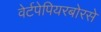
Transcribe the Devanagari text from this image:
वेर्टपेपियरबोरसे